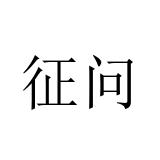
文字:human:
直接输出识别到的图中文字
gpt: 征问